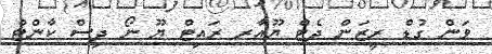
ވަން ގުޑް ރީޒަން ދެޓް ޔޫއާރ ރައިޓް ޔޫ ނޯ ދިސް ކާންޓް